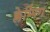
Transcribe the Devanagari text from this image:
क्लेम्पिंग